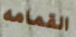
القمامه